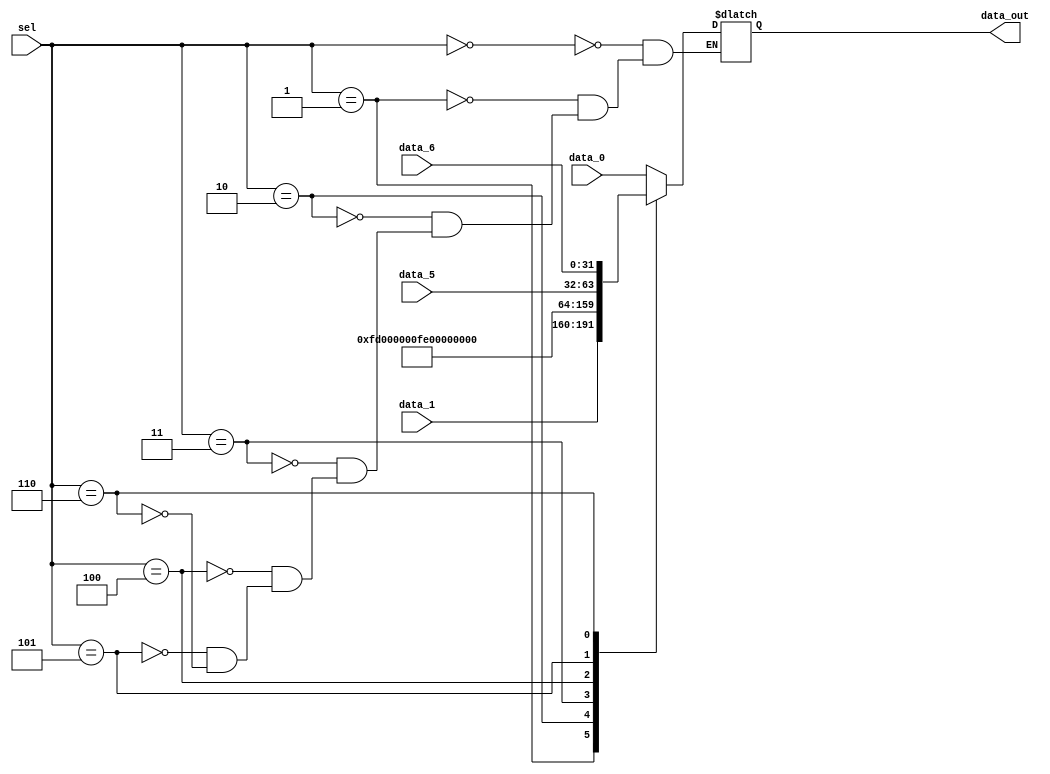
module memAddr (
    input wire [2:0] sel,
    input wire [31:0] data_0,
    input wire [31:0] data_1,
    input wire [31:0] data_5,
    input wire [31:0] data_6,
    output reg [31:0] data_out
);
    always @(*) begin
        case (sel)
            3'd0: data_out = data_0;
            3'd1: data_out = data_1;
            3'd2: data_out = 32'd253;
            3'd3: data_out = 32'd254;
            3'd4: data_out = 32'd255;
            3'd5: data_out = data_5;
            3'd6: data_out = data_6;
        endcase 
    end 

endmodule